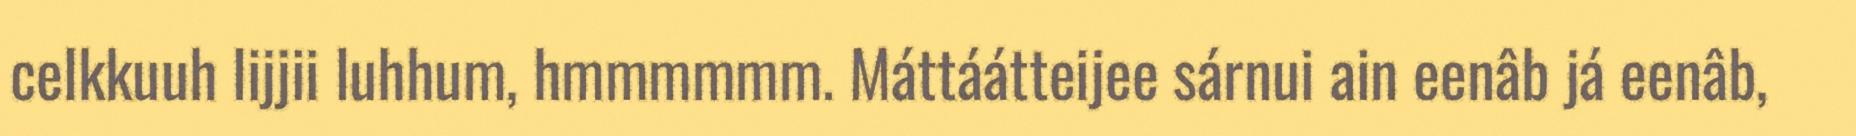
celkkuuh lijjii luhhum, hmmmmmm. Máttáátteijee sárnui ain eenâb já eenâb,